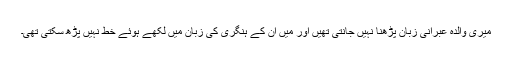
میری والدہ عبرانی زبان پڑھنا نہیں جانتی تھیں اور میں اُن کے ہنگری کی زبان میں لکھے ہوئے خط نہیں پڑھ سکتی تھی۔